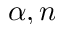
\alpha , n